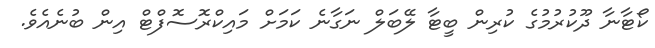
ކޯޓާނާ ދޫކުރުމުގެ ކުރިން ބީޓާ ލޭބަލް ނަގާނެ ކަމަށް މައިކްރޮސޮފްޓް އިން ބުނެއެވެ.